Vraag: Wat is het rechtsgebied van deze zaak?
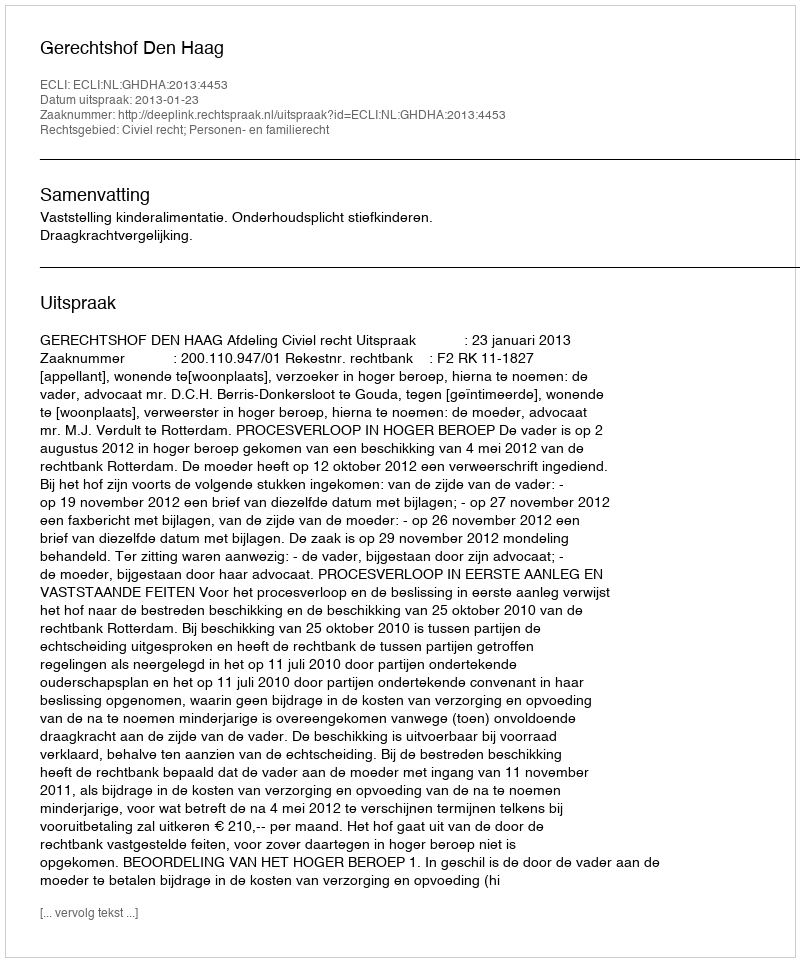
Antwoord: Civiel recht; Personen- en familierecht